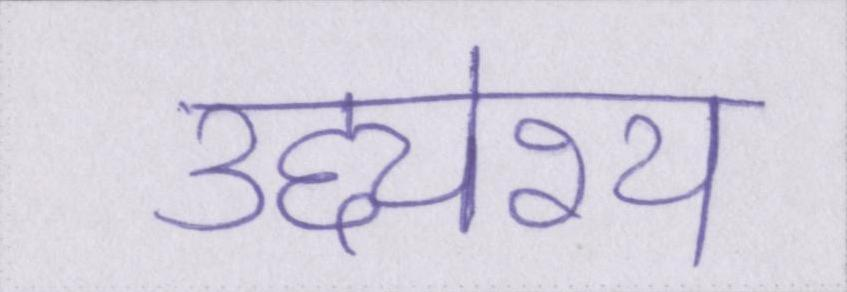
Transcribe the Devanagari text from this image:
उद्द्येश्य